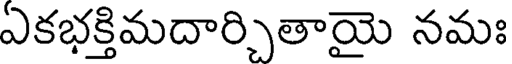
ఏకభక్తిమదార్చితాయై నమః